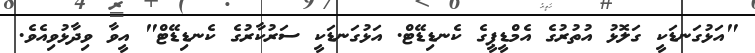
"އަޅުގަނޑަކީ ގަލޮޅު އުތުރުގެ އެމްޑީޕީގެ ކެނޑިޑޭޓް. އަޅުގަނޑަކީ ސަރުކާރުގެ ކެނޑިޑޭޓް" އީވާ ވިދާޅުވިއެވެ.